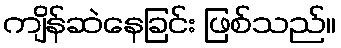
ကျိန်ဆဲနေခြင်း ဖြစ်သည်။